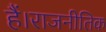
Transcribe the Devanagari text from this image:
हैं।राजनीतिक